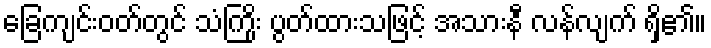
ခြေကျင်းဝတ်တွင် သံကြိုး ပွတ်ထားသဖြင့် အသားနီ လန်လျက် ရှိ၏။